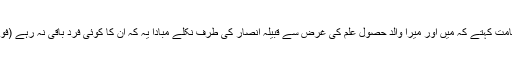
1537: سیدنا عبادہ بن ولید بن عبادہ بن صامتؓ کہتے کہ میں اور میرا والد حصول علم کی غرض سے قبیلہ انصار کی طرف نکلے مبادا یہ کہ ان کا کوئی فرد باقی نہ رہے (فوت ہو جائیں یا ادھر ادھر ہجرت کر جائیں)۔